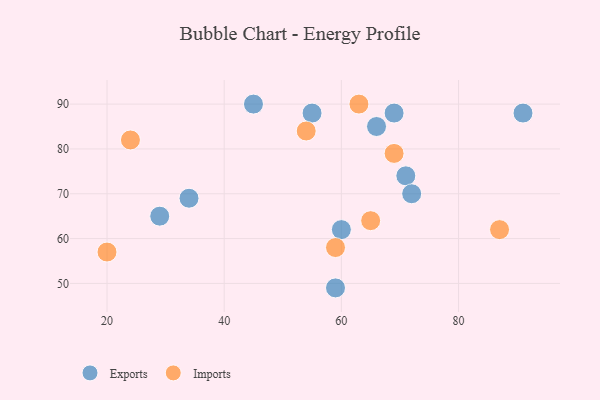
{"axis": {"x": "GDP", "y": "Life Expectancy"}, "legend": ["Exports", "Imports"], "data": [{"x": "71", "y": 74, "type": "Exports"}, {"x": "66", "y": 85, "type": "Exports"}, {"x": "60", "y": 62, "type": "Exports"}, {"x": "91", "y": 88, "type": "Exports"}, {"x": "55", "y": 88, "type": "Exports"}, {"x": "45", "y": 90, "type": "Exports"}, {"x": "59", "y": 49, "type": "Exports"}, {"x": "69", "y": 88, "type": "Exports"}, {"x": "29", "y": 65, "type": "Exports"}, {"x": "34", "y": 69, "type": "Exports"}, {"x": "72", "y": 70, "type": "Exports"}, {"x": "59", "y": 58, "type": "Imports"}, {"x": "20", "y": 57, "type": "Imports"}, {"x": "63", "y": 90, "type": "Imports"}, {"x": "24", "y": 82, "type": "Imports"}, {"x": "65", "y": 64, "type": "Imports"}, {"x": "87", "y": 62, "type": "Imports"}, {"x": "69", "y": 79, "type": "Imports"}, {"x": "54", "y": 84, "type": "Imports"}]}